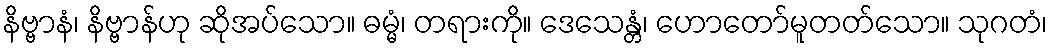
နိဗ္ဗာနံ၊ နိဗ္ဗာန်ဟု ဆိုအပ်သော။ ဓမ္မံ၊ တရားကို။ ဒေသေန္တံ၊ ဟောတော်မူတတ်သော။ သုဂတံ၊